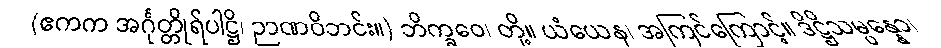
(ဧကက အင်္ဂုတ္တိုရ်ပါဋ္ဌိ၊ ဉာဏဝိဘင်း။) ဘိက္ခဝေ၊ တို့။ ယံယေန၊ အကြင်ကြောင့်။ ဒိဋ္ဌိသမ္ပန္နော၊